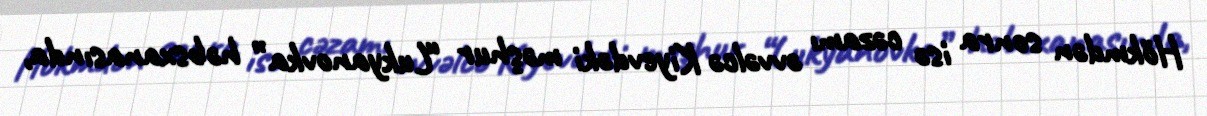
Hökmdən sonra isə cəzamı əvvəlcə Kiyevdəki məşhur “Lukyanovka” həbsxanasında,